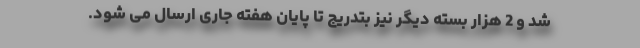
شد و 2 هزار بسته دیگر نیز بتدریج تا پایان هفته جاری ارسال می شود.